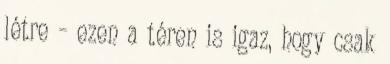
létre – ezen a téren is igaz, hogy csak